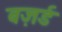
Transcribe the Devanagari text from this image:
बज़र्ड